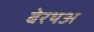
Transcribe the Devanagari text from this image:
बेरथअ